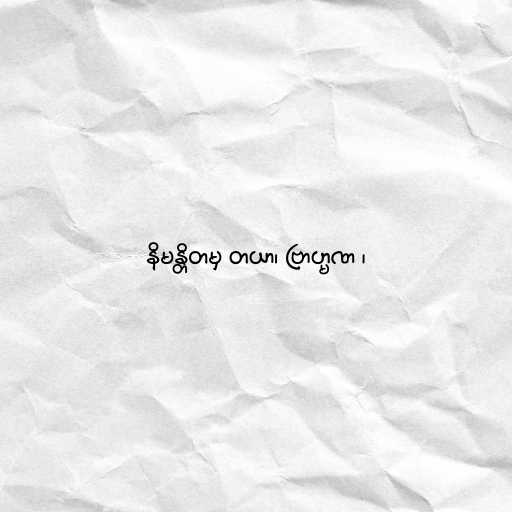
နိမန္တိတမှ တယာ၊ ဗြာဟ္မဏ ၊